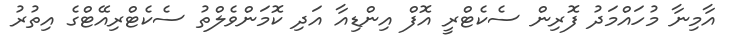
އާމިނާ މުހައްމަދު ފޮރިން ސެކެޓްރީ އޮފް އިންޑިއާ އަދި ކޮމަންވެލްތު ސެކެޓްރިއޭޓްގެ އިތުރު